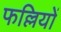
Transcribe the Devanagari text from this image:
फल्लियों